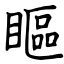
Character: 瞘